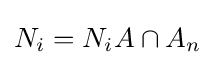
N_{i}=N_{i}A\cap A_{n}